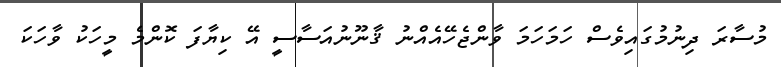
މުސާރަ ދިނުމުގައިވެސް ހަމަހަމަ ވާންޖެހޭއެއްނު ޤާނޫނުއަސާސީ އޭ ކިޔާފަ ކޮންމެ މީހަކު ވާހަކަ